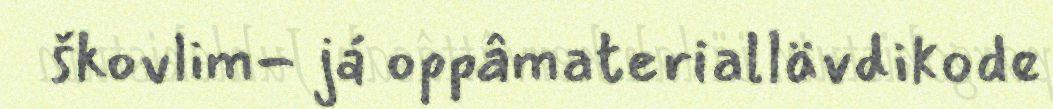
škovlim- já oppâmateriallävdikode